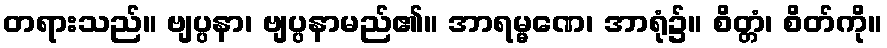
တရားသည်။ ဗျပ္ပနာ၊ ဗျပ္ပနာမည်၏။ အာရမ္မဏေ၊ အာရုံ၌။ စိတ္တံ၊ စိတ်ကို။